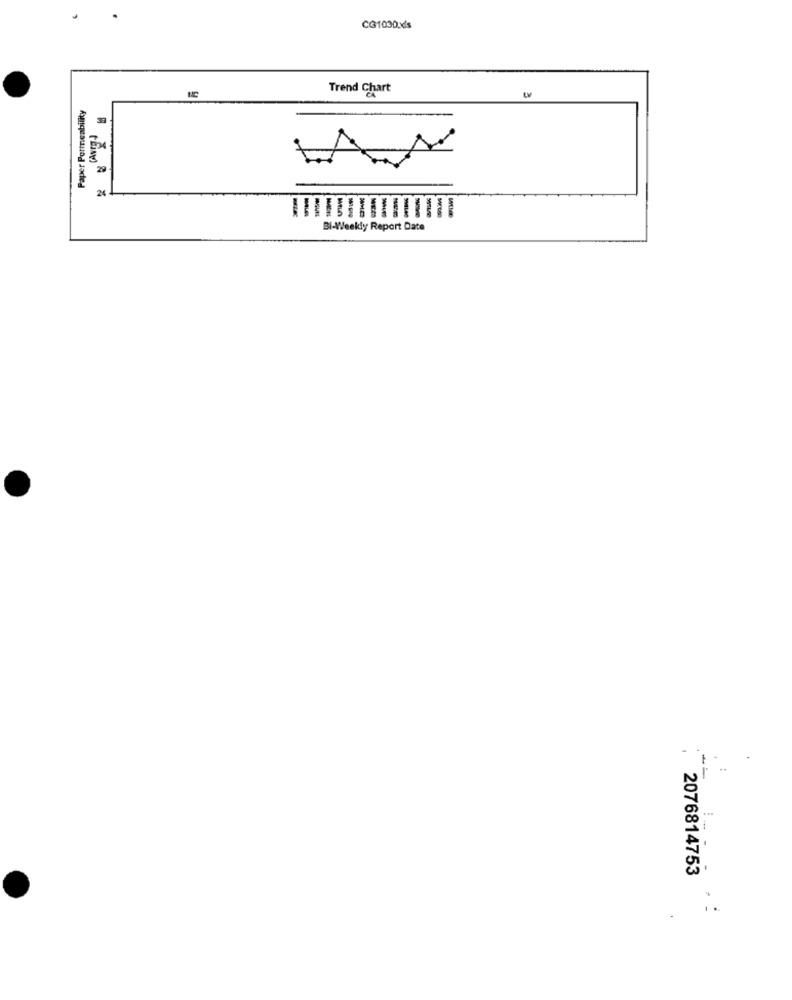
CG1030.xls
Trend Chart
Paper Portneability
39
29
Bi-Weekly Report Date
2076814753
..